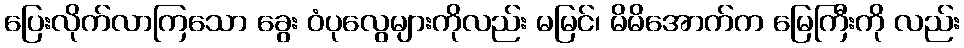
ပြေးလိုက်လာကြသော ခွေး ဝံပုလွေများကိုလည်း မမြင်၊ မိမိအောက်က မြေကြီးကို လည်း